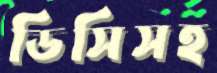
ডিসিসহ